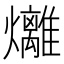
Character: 𪺇